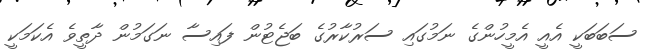
ސަބަބަކީ އެއީ އެމީހުންގެ ނަމުގައި ސަރުކާރުގެ ބަޖެޓުން ފައިސާ ނަގަމުން ދާތީވެ އެކަމަކީ